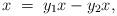
LaTeX: \begin{align*}x\;=\; y_1x-y_2x,\end{align*}